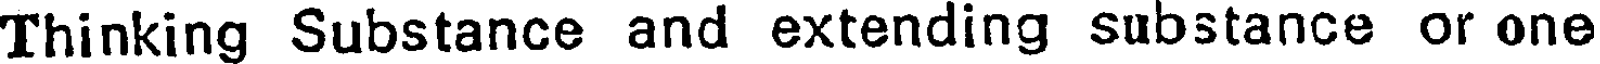
Thinking Substance and extending substance or one